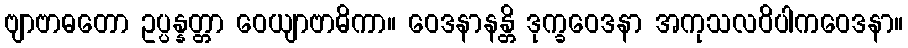
ဗျာဗာဓတော ဥပ္ပန္နတ္တာ ဝေယျာဗာဓိကာ။ ဝေဒနာနန္တိ ဒုက္ခဝေဒနာ အကုသလဝိပါကဝေဒနာ။